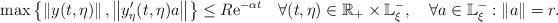
LaTeX: \begin{gather*}\max\left\{ \left\Vert y(t,\eta)\right\Vert ,\left\Vert y_{\eta}^{\prime}(t,\eta)a\right\Vert \right\} \le R\mathrm{e}^{-\alpha t}\quad\forall(t,\eta)\in\mathbb{R}_{+}\times\mathbb{L}_{\xi}^{-},\quad\forall a\in\mathbb{L}_{\xi}^{-}:\left\Vert a\right\Vert =r.\end{gather*}